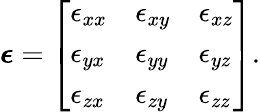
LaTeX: {\boldsymbol{\epsilon}}=\left[{\begin{array}{lll}{\epsilon_{xx}}&{\epsilon_{xy}}&{\epsilon_{xz}}\\ {\epsilon_{yx}}&{\epsilon_{yy}}&{\epsilon_{yz}}\\ {\epsilon_{zx}}&{\epsilon_{zy}}&{\epsilon_{zz}}\end{array}}\right].